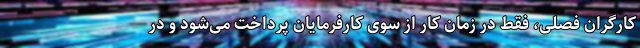
کارگران فصلی، فقط در زمان کار از سوی کارفرمایان پرداخت می‌شود و در